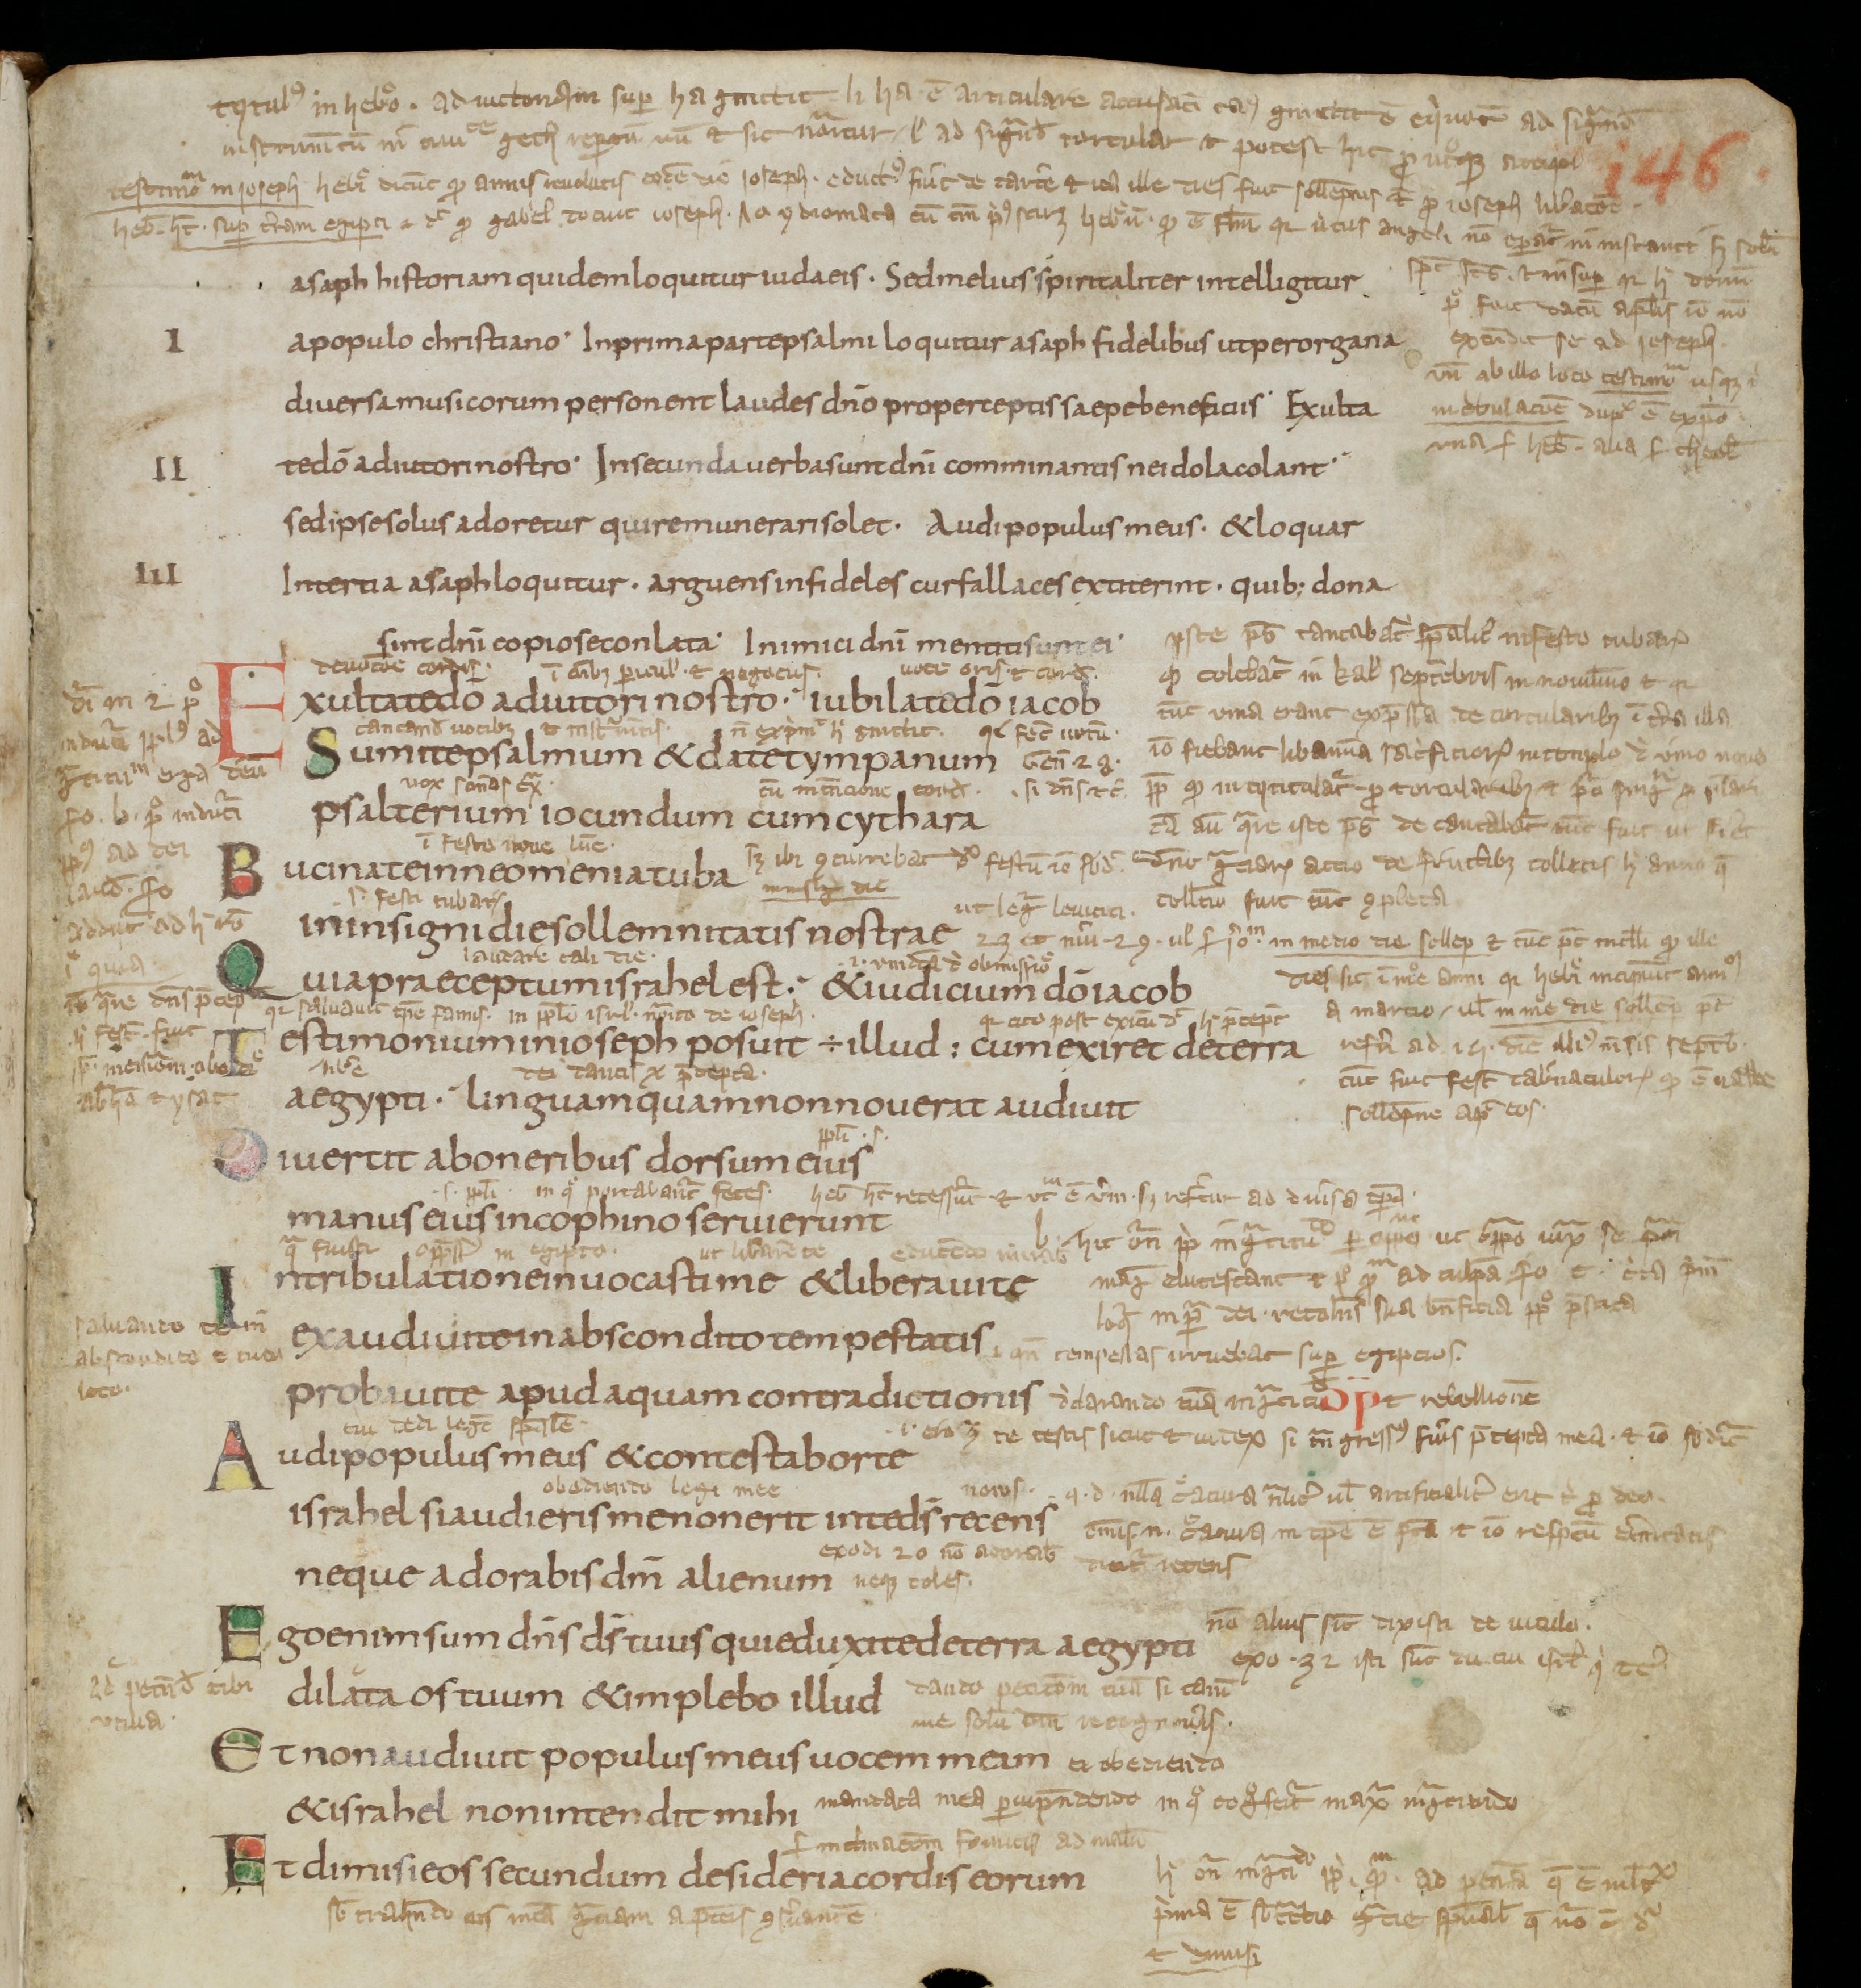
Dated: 800–899